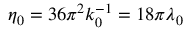
\eta _ { 0 } = 3 6 \pi ^ { 2 } k _ { 0 } ^ { - 1 } = 1 8 \pi \lambda _ { 0 }